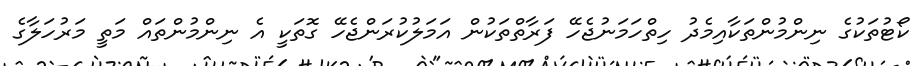
ކޯޓުތަކުގެ ނިންމުންތަކާއިމެދު ހިތްހަމަނުޖެހޭ ފަރާތްތަކުން އަމަލުކުރަންޖެހޭ ގޮތަކީ އެ ނިންމުންތައް މަތީ މަރުހަލާގެ